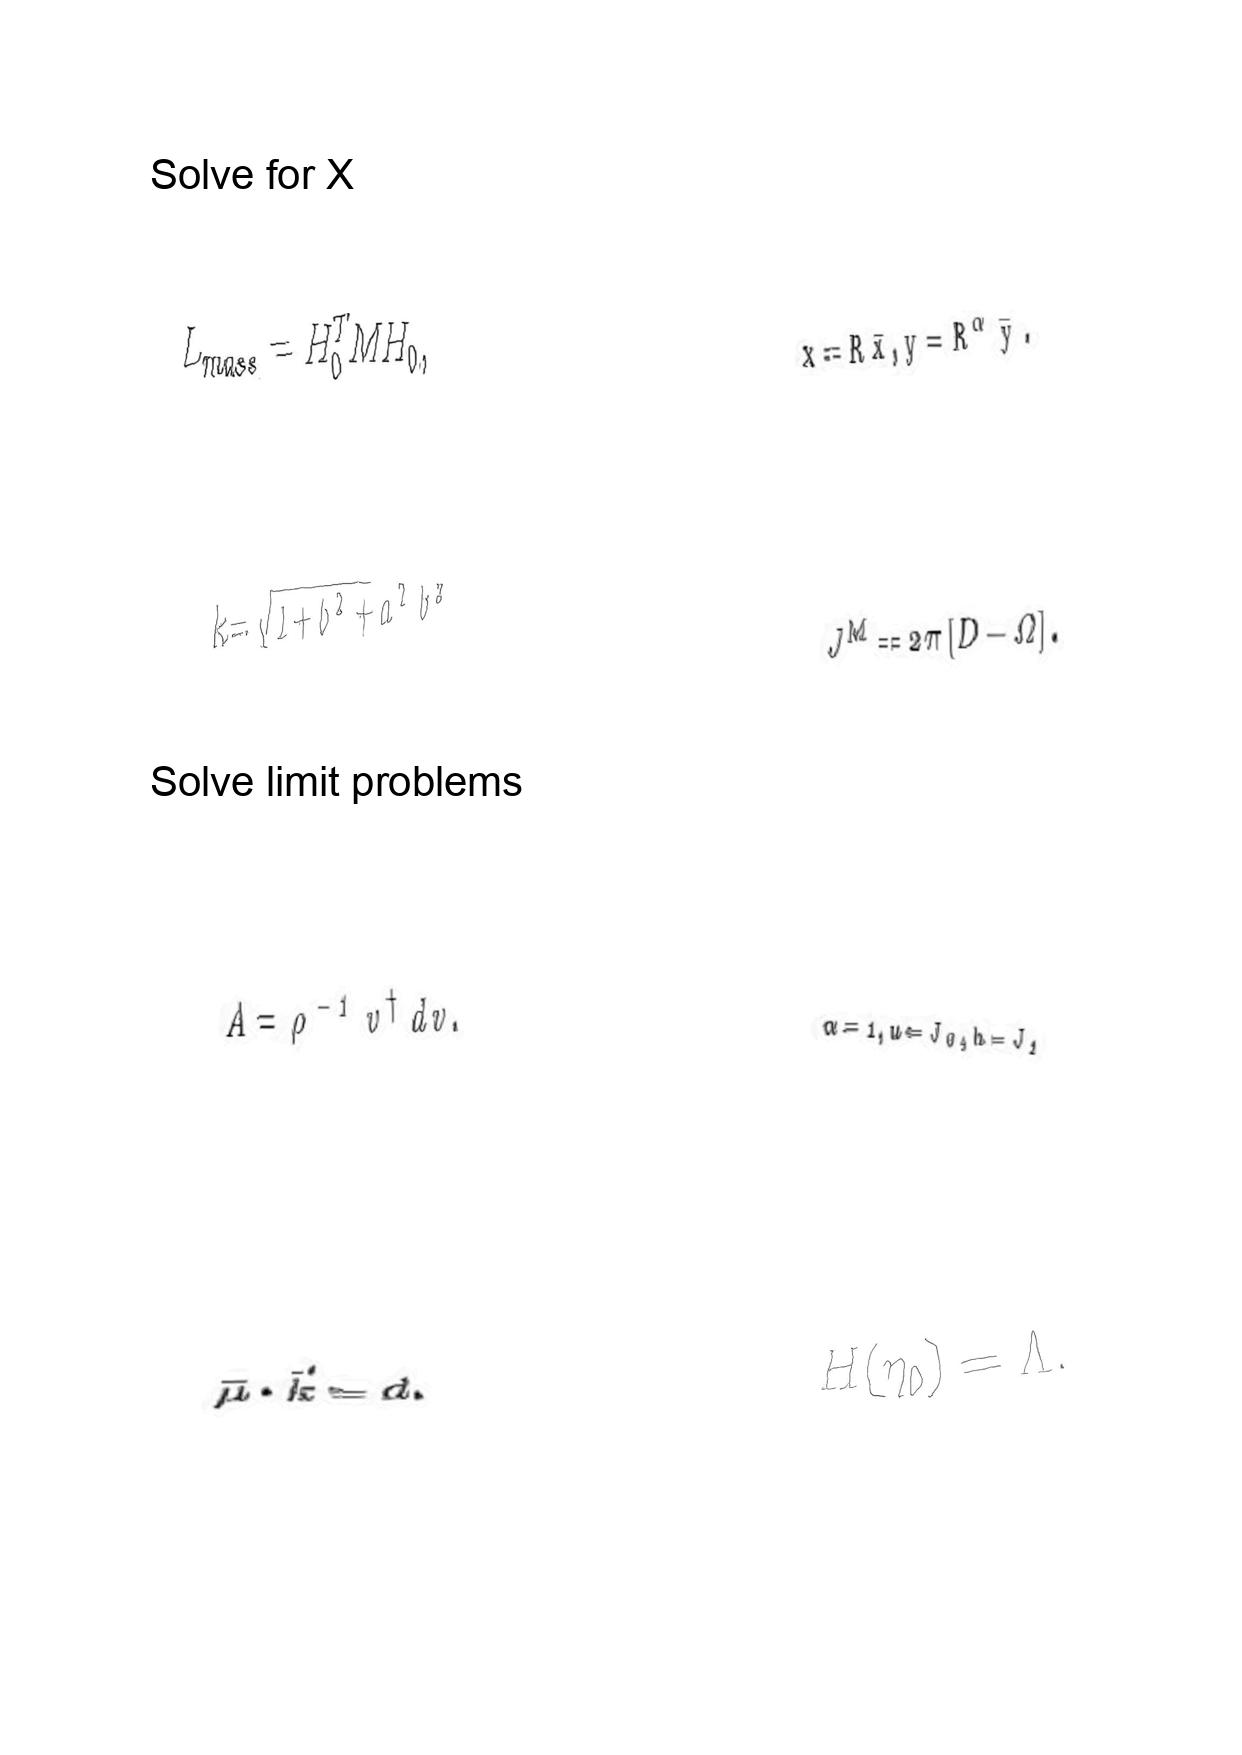
LaTeX transcription:
L _ { m a s s } = H _ { 0 } ^ { T } M H _ { 0 } ,
k = \sqrt { 1 + b ^ { 2 } + a ^ { 2 } b ^ { 2 } }
A = \rho ^ { - 1 } v ^ { \dagger } d v .
\vec { \mu } \cdot \vec { k } = d .
x = R \bar { x } , y = R ^ { \alpha } \bar { y } .
J ^ { M } = 2 \pi \lbrack D - \Omega \rbrack .
\alpha = 1 , u = J _ { 0 } , h = J _ { 1 }
H \lparen \eta _ { 0 } \rparen = \Lambda .